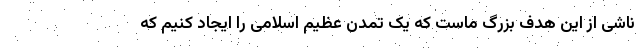
ناشی از این هدف بزرگ ماست که یک تمدن عظیم اسلامی را ایجاد کنیم که